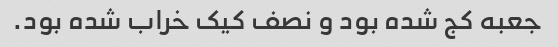
جعبه کج شده بود و نصف کیک خراب شده بود.